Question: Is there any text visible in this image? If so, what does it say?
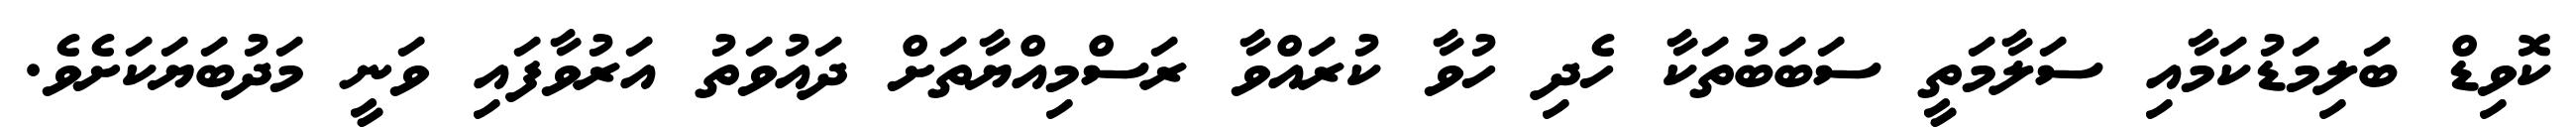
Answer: ކޮވިޑް ބަލިމަޑުކަމާއި ސަލާމަތީ ސަބަބުތަކާ ހެދި ހުވާ ކުރައްވާ ރަސްމިއްޔާތަށް ދައުވަތު އަރުވާފައި ވަނީ މަދުބަޔަކަށެވެ.